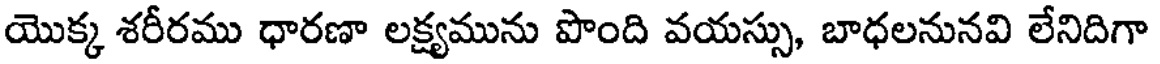
యొక్క శరీరము ధారణా లక్ష్యమును పొంది వయస్సు, బాధలనునవి లేనిదిగా